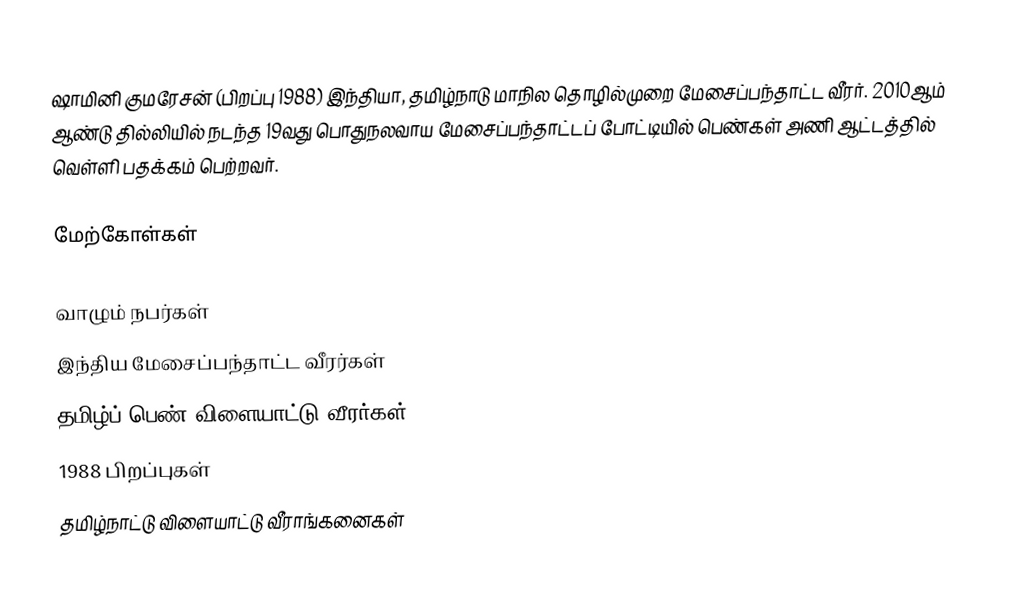
ஷாமினி குமரேசன்  (பிறப்பு 1988) இந்தியா, தமிழ்நாடு மாநில தொழில்முறை மேசைப்பந்தாட்ட வீரர். 2010ஆம் ஆண்டு தில்லியில் நடந்த  19வது பொதுநலவாய மேசைப்பந்தாட்டப் போட்டியில் பெண்கள் அணி ஆட்டத்தில் வெள்ளி பதக்கம் பெற்றவர்.

மேற்கோள்கள்

வாழும் நபர்கள்
இந்திய மேசைப்பந்தாட்ட வீரர்கள்
தமிழ்ப் பெண் விளையாட்டு வீரர்கள்
1988 பிறப்புகள்
தமிழ்நாட்டு விளையாட்டு வீராங்கனைகள்